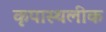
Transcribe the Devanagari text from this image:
कृपास्थलीक